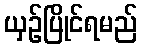
ယှဉ်ပြိုင်ရမည်